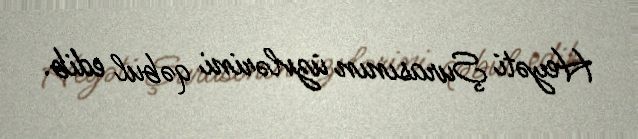
Heyəti Şurasının üzvlərini qəbul edib.